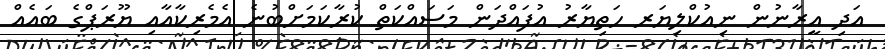
އަދި އީރާނުން ނިއުކްލިޔަރ ހަތިޔާރު އުފައްދަން މަސައްކަތް ކުރާކަމަށްބުނެ އެމެރިކާއާއި ޔޫރަޕްގެ ބައެއް